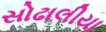
સોઢાલીયા